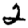
Digit: 2